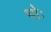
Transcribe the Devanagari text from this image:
भोः